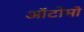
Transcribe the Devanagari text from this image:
ऑटोमो